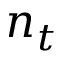
n _ { t }